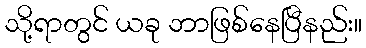
သို့ရာတွင် ယခု ဘာဖြစ်နေပြီနည်း။